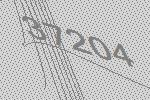
37204